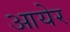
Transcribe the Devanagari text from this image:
आयेर